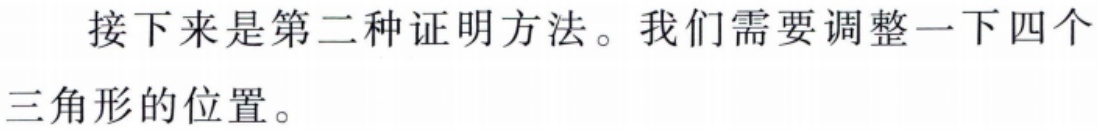
接下来是第二种证明方法。我们需要调整一下四个三角形的位置。